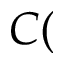
C (